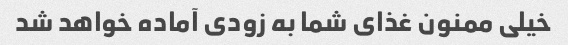
خیلی ممنون غذای شما به زودی آماده خواهد شد